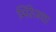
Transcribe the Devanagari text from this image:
मिरेजचा